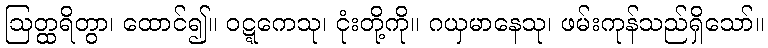
ဩတ္ထရိတွာ၊ ထောင်၍။ ဝဋ္ဋကေသု၊ ငုံးတို့ကို။ ဂယှမာနေသု၊ ဖမ်းကုန်သည်ရှိသော်။